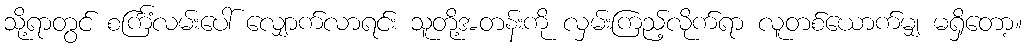
သို့ရာတွင် စင်္ကြံလမ်းပေါ် လျှောက်လာရင်း သူတို့အတန်းကို လှမ်းကြည့်လိုက်ရာ လူတစ်ယောက်မျှ မရှိတော့။